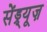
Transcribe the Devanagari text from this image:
सेंड्र्यूज़